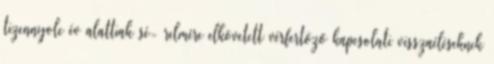
tizennyolc év alattiak sé- relmére elkövetett vérfertőző kapcsolati visszaéléseknek